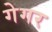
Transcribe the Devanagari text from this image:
गेगर